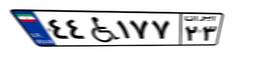
۴۴W۱۷۷۲۳